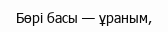
Бөрі басы — ұраным,